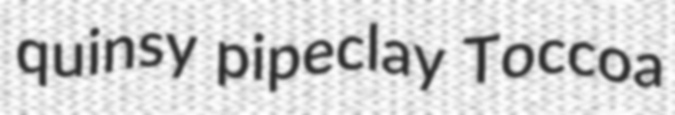
quinsy pipeclay Toccoa